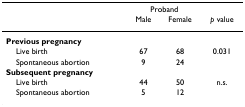
|  | <COLSPAN=2> Proband |  |
 |  | Male | Female | p value |
 | --- | --- | --- | --- |
 | Previous pregnancy |  |  |  |
 | Live birth | 67 | 68 | 0.031 |
 | Spontaneous abortion | 9 | 24 |  |
 | Subsequent pregnancy |  |  |  |
 | Live birth | 44 | 50 | n.s. |
 | Spontaneous abortion | 5 | 12 |  |